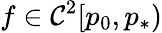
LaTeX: f\in\mathcal{C}^{2}[p_{0},p_{*})